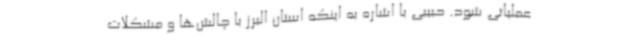
عملیاتی شود. حبیبی با اشاره به اینکه استان البرز با چالش‌ها و مشکلات